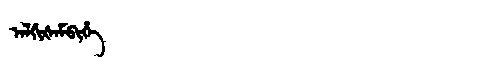
Manchu: ᠠᠯᡤᡳᡧᠠᠮᠪᡳᡥᡝ
Romanization: ALGIŠAMBIHE